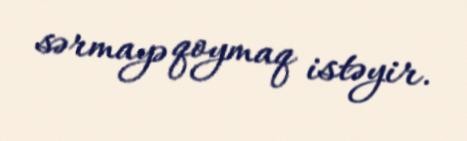
sərmayə qoymaq istəyir.